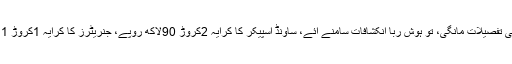
کمیٹی نے ڈی جے بٹ کو پہلے سے ادا شدہ رقم کی تفصیلات مانگی، تو ہوش ربا انکشافات سامنے آئے، ساونڈ اسپیکر کا کرایہ 2کروڑ 90لاکھ روپے، جنریٹرز کا کرایہ 1کروڑ 11لاکھ، ڈیزل کی مد میں 1کروڑ 95لاکھ بتایا گیا۔